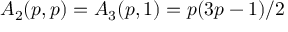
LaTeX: A _ { 2 } ( p , p ) = A _ { 3 } ( p , 1 ) = p ( 3 p - 1 ) / 2